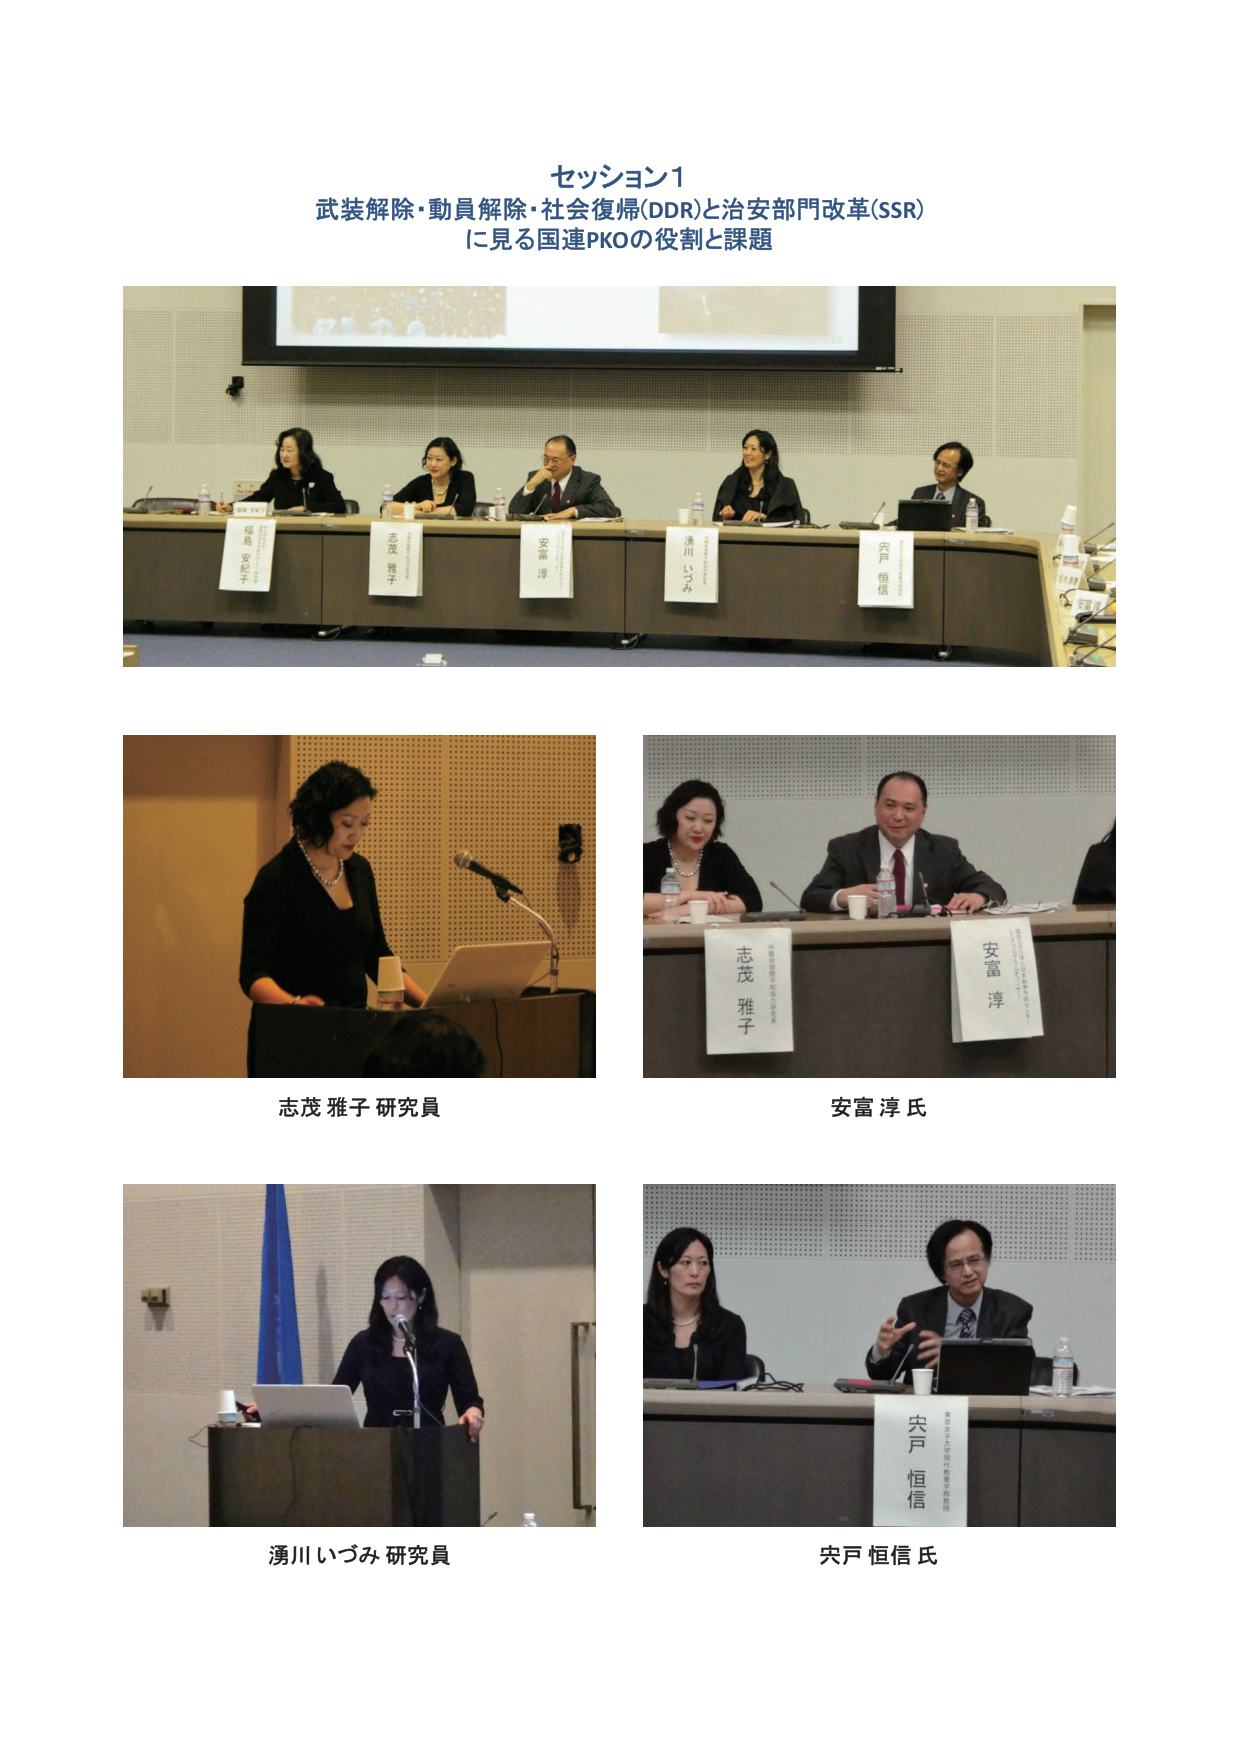
セッション1
武装解除・動員解除・社会復帰(DDR)と治安部門改革(SSR)
に見る国連PKOの役割と課題

福島 安紀子
志茂 雅子
安富 淳
湧川 いづみ
宍戸 恒信

志茂 雅子 研究員
安富 淳 氏
湧川 いづみ 研究員
宍戸 恒信 氏